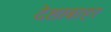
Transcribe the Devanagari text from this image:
देशाबाहर